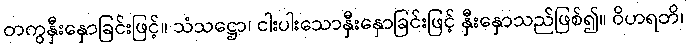
တကွနှီးနှောခြင်းဖြင့်။ သံသဋ္ဌော၊ ငါးပါးသောနှီးနှောခြင်းဖြင့် နှီးနှောသည်ဖြစ်၍။ ဝိဟရတိ၊